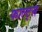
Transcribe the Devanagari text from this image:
फाल्ट्स